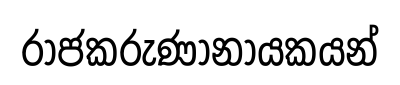
රාජකරුණානායකයන්